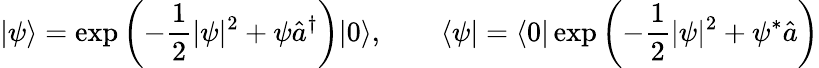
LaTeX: |\psi\rangle=\exp\left(-\frac{1}{2}|\psi|^{2}+\psi\hat{a}^{\dagger}\right)|0\rangle,\qquad\langle\psi|=\langle 0|\exp\left(-\frac{1}{2}|\psi|^{2}+\psi^{*}\hat{a}\right)